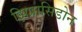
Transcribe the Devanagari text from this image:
झिप्रासिडोन